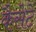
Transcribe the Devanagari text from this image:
कैसेटें